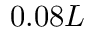
0 . 0 8 L